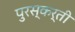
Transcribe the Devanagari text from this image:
पुरस्कर्ती